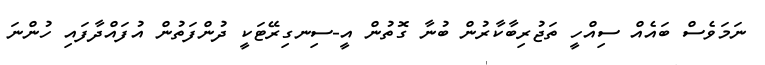
ނަމަވެސް ބައެއް ސިއްހީ ތަޖުރިބާކާރުން ބުނާ ގޮތުން އީ-ސިނގިރޭޓަކީ ދުންފަތުން އުފައްދާފައި ހުންނަ